Annual administration report of the Civil Veterinary Department of India - 1893-1894
Year: 1893
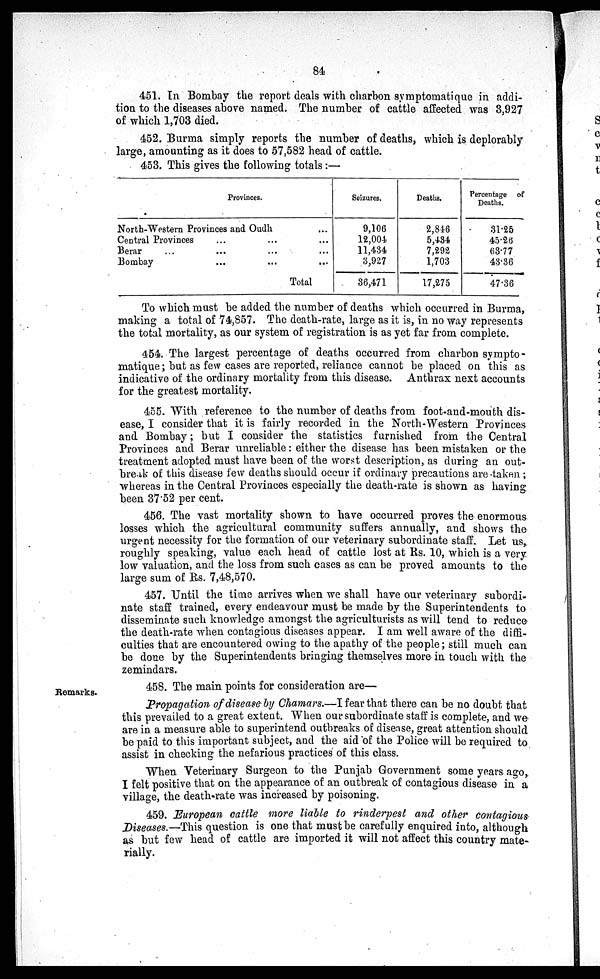
84
451. In Bombay the report deals with charbon symptomatique in. addi-
tion to the diseases above named. The number of cattle affected was 3,927
of which 1,703 died.
452. Burma simply reports the number of deaths, which is deplorably
large, amounting as it does to 57,582 head of cattle.
453. This gives the following totals :—
Provinces.
North-Western Provinces and Oudh ...
Central Provinces
...
...
...
Berar
...
...
...
...
Bombay
...
...
...
Total
Seizures.
9,106
12,004.
11,434
3,927
36,471
Deaths.
2,846
5,434
7,292
1,703
17,275
Percentage of
Deaths.
31.25
45.26
63.77
43.36
47.36
To which must be added the number of deaths which occurred in Burma,
making a total of 74,857. The death-rate, large as it is, in no way represents
the total mortality, as our system of registration is as yet far from complete.
454. The largest percentage of deaths occurred from charbon sympto-
matique; but as few cases are reported, reliance cannot be placed on this as
indicative of the ordinary mortality from this disease. Anthrax next accounts
for the greatest mortality.
455. With reference to the number of deaths from foot-and-mouth dis-
ease, I consider that it is fairly recorded in the North-Western Provinces
and Bombay; but I consider the statistics furnished from the Central
Provinces and Berar unreliable: either the disease has been mistaken or the
treatment adopted must have been of the worst description, as during an out-
break of this disease few deaths should occur if ordinary precautions are taken;
whereas in the Central Provinces especially the death-rate is shown as having
been 37.52 per cent.
456. The vast mortality shown to have occurred proves the enormous
losses which the agricultural community suffers annually, and shows the
urgent necessity for the formation of our veterinary subordinate staff. Let us,
roughly speaking, value each head of cattle lost at Rs. 10, which is a very
low valuation, and the loss from such cases as can be proved amounts to the
large sum of Rs. 7,48,570.
457. Until the time arrives when we shall have our veterinary subordi-
nate staff trained, every endeavour must be made by the Superintendents to
disseminate such knowledge amongst the agriculturists as will tend to reduce
the death-rate when contagious diseases appear. I am well aware of the diffi-
culties that are encountered owing to the apathy of the people; still much can
be done by the Superintendents bringing themselves more in touch with the
zemindars.
Remarks.
458. The main points for consideration are—
Propagation of disease by Chamars.—I fear that there can be no doubt that
this prevailed to a great extent. When our subordinate staff is complete, and we
are in a measure able to superintend outbreaks of disease, great attention should
be paid to this important subject, and the aid of the Police will be required to
assist in checking the nefarious practices of this class.
When Veterinary Surgeon to the Punjab Government some years ago,
I felt positive that on the appearance of an outbreak of contagious disease in a
village, the death-rate was increased by poisoning.
459. European cattle more liable to rinderpest and other contagious
Diseases.—This question is one that must be carefully enquired into, although
as but few head of cattle are imported it will not affect this country mate-
rially.